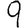
Digit: 9